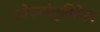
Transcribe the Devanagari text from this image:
लोकसंसृतिहेतव